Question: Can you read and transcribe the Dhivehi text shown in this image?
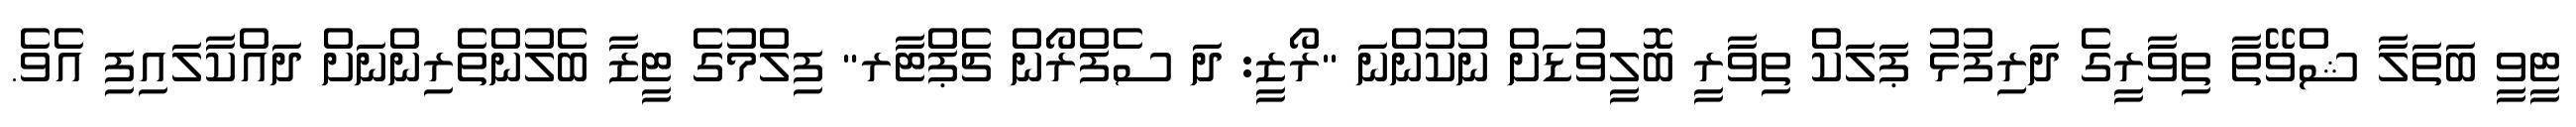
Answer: ޓީވީ ބަތަލާ ޝްވޭތާ ތިވާރީގެ ދަރިފުޅު ޕަލަކް ތިވާރީ ބޮލީވުޑަށް ނުކުންނަ "ރޯޒީ: ދަ ސެފްރޯން ޗެޕްޓާރ" ފިލްމުގެ ޓީޒާ ބެލުންތެރިންނަށް ދައްކާލައިފި އެވެ.